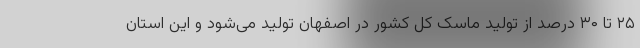
۲۵ تا ۳۰ درصد از تولید ماسک کل کشور در اصفهان تولید می‌شود و این استان